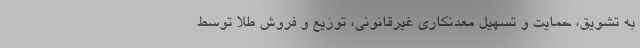
به تشویق، حمایت و تسهیل معدنکاری غیرقانونی، توزیع و فروش طلا توسط